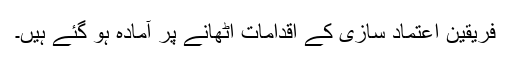
فریقین اعتماد سازی کے اقدامات اٹھانے پر آمادہ ہو گئے ہیں۔